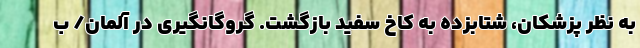
به نظر پزشکان، شتابزده به کاخ سفید بازگشت. گروگانگیری در آلمان/ ب